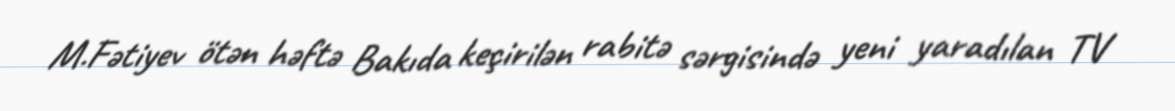
M.Fətiyev ötən həftə Bakıda keçirilən rabitə sərgisində yeni yaradılan TV